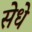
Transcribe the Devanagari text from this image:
सेधे